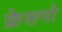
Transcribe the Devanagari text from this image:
फ्रेसनो